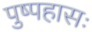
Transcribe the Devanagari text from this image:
पुष्पहासः